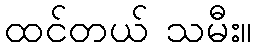
ထင်တယ် သမီး။